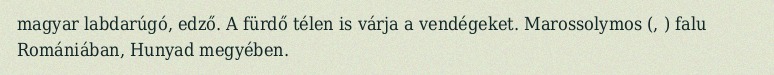
magyar labdarúgó, edző. A fürdő télen is várja a vendégeket. Marossolymos (, ) falu Romániában, Hunyad megyében.